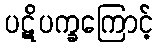
ပဋိပက္ခကြောင့်